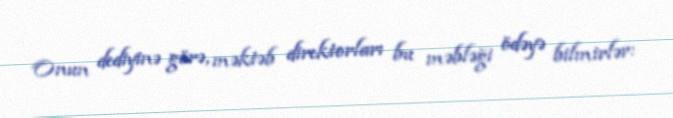
Onun dediyinə görə, məktəb direktorları bu məbləği ödəyə bilmirlər: